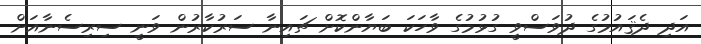
އަދި ދެޤައުމުގެ ދުވަސްވީ ގުޅުމުގެ ވާހަކަ ބަޔާންކޮށް ޗައިނާ ސަރުކާރުން ވަނީ ސިރިސެނާއަށް